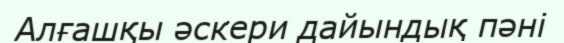
Алғашқы әскери дайындық пәні